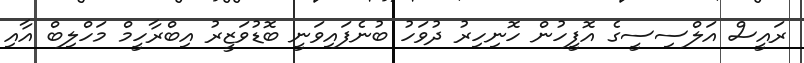
ރައީސް އަލްސިސީގެ އޮފީހުން ހޮނިހިރު ދުވަހު ބުނެފައިވަނީ ބޮޑުވަޒީރު އިބްރާހީމް މަހްލިބް އާއި